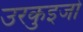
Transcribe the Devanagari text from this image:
उरकुइजो